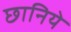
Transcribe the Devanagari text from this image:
छानिये